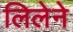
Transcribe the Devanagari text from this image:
लिलेने